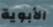
الأبوية